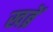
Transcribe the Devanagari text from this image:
खब्रें